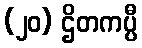
(၂၀) ဌိတကပ္ပီ